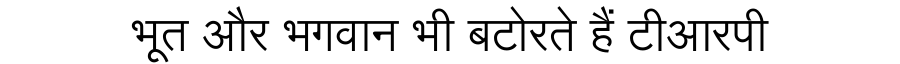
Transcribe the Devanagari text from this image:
भूत और भगवान भी बटोरते हैं टीआरपी